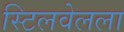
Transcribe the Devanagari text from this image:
स्टिलवेलला